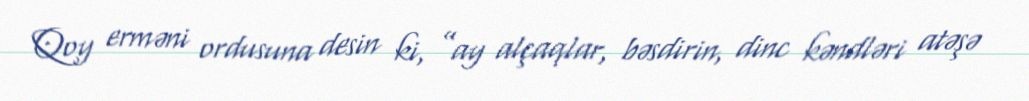
Qoy erməni ordusuna desin ki, ”ay alçaqlar, bəsdirin, dinc kəndləri atəşə